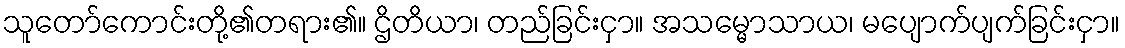
သူတော်ကောင်းတို့၏တရား၏။ ဌိတိယာ၊ တည်ခြင်းငှာ။ အသမ္မောသာယ၊ မပျောက်ပျက်ခြင်းငှာ။